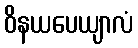
ဝိနယပေယျာလံ